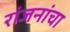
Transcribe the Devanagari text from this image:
रांजनांचा